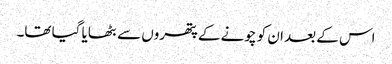
اس کے بعد ان کو چونے کے پتھروں سے بٹھایا گیا تھا۔